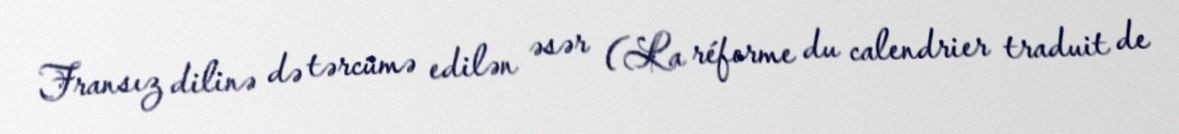
Fransız dilinə də tərcümə edilən əsər (La réforme du calendrier traduit de